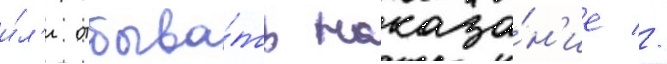
и́л'и отбыва́ть наказа́н'ие //